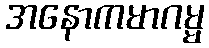
အနောကမာဂမ္မ